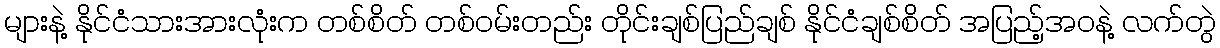
များနဲ့ နိုင်ငံသားအားလုံးက တစ်စိတ် တစ်ဝမ်းတည်း တိုင်းချစ်ပြည်ချစ် နိုင်ငံချစ်စိတ် အပြည့်အဝနဲ့ လက်တွဲ